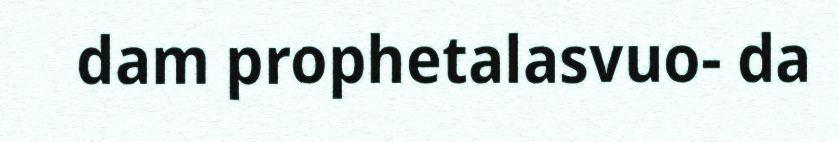
dam prophetalasvuo- da